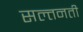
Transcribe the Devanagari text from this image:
सल्तनती